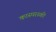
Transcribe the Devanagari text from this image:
कास्परस्की